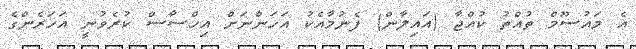
އެ މައުސޫމް ތުއްތު ކުއްޖާ (އައިލާން) ފެނުމާއެކު އަހަންނަށް އިހްސާސް ކުރެވުނީ އަހަރެންގެ